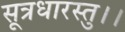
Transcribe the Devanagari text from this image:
सूत्रधारस्तु।।